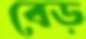
বেড়